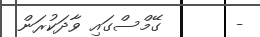
-       ގޭމްސްގައި ވާދަކުރަން